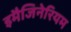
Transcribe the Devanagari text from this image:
इमैजिनेरियम